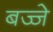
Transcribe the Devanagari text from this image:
बज्जे